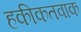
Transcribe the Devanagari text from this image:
हकीकतवाक